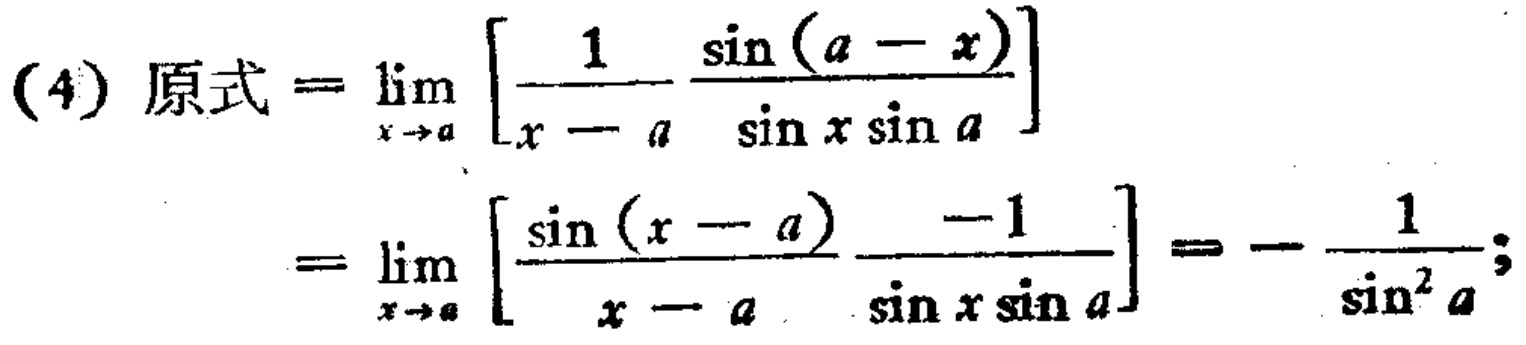
\[(4)\ 原式 = \lim_{x \to a} \left[\frac{1}{x - a} - \frac{\sin(a - x)}{\sin x \sin a}\right] \\
= \lim_{x \to a} \left[\frac{\sin(x - a)}{x - a} \cdot \frac{-1}{\sin x \sin a}\right]= -\frac{1}{\sin^{2} a};\]